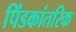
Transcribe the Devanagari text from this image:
पिंडकांतरिक